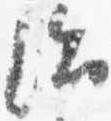
治